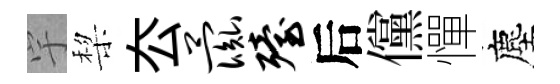
宇棃厺彘殪后儻憚塵